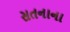
સતનાના